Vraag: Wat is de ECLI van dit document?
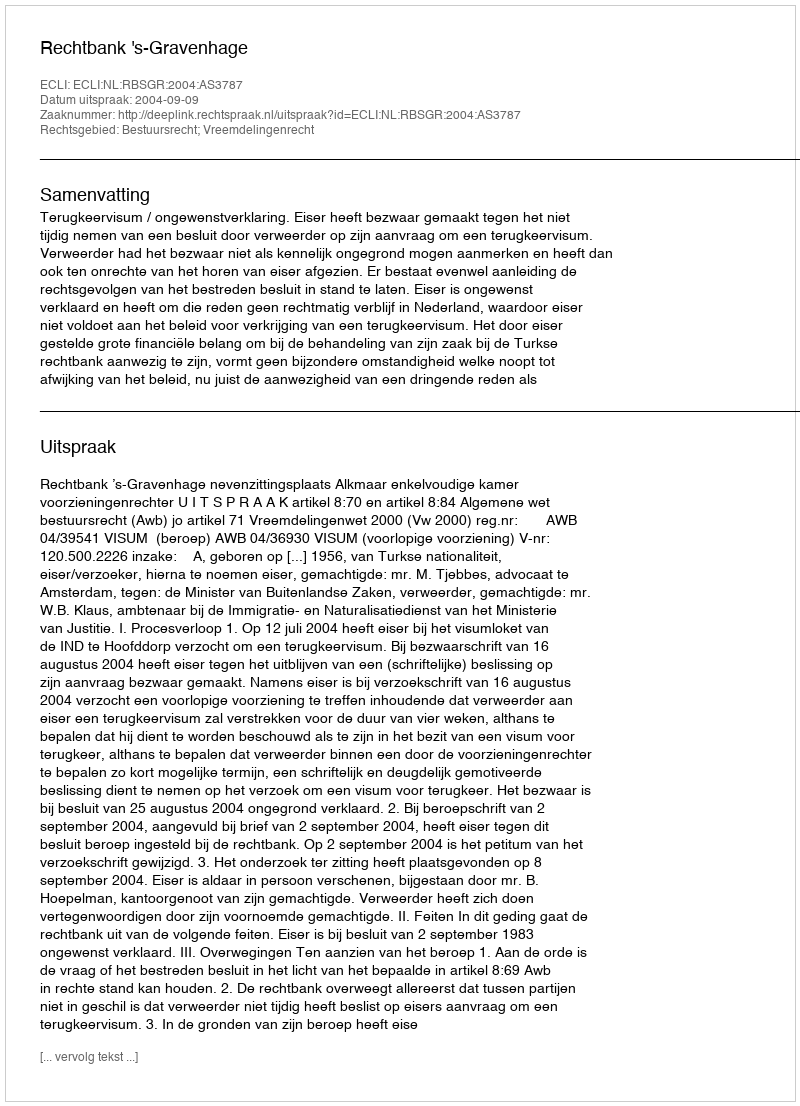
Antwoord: ECLI:NL:RBSGR:2004:AS3787